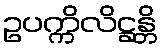
ဥပက္ကိလိဋ္ဌန္တိ